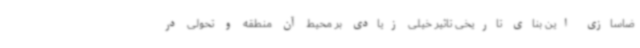
ضاسازی این بنای تاریخی تاثیر خیلی زیادی بر محیط آن منطقه و تحولی در